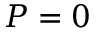
P = 0